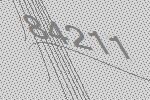
84211